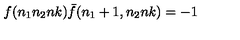
f ( n _ { 1 } n _ { 2 } n k ) { \bar { f } } ( n _ { 1 } + 1 , n _ { 2 } n k ) = - 1